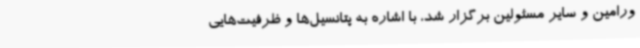
ورامین و سایر مسئولین برگزار شد، با اشاره به پتانسیل‌ها و ظرفیت‌هایی